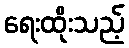
ရေးထိုးသည့်